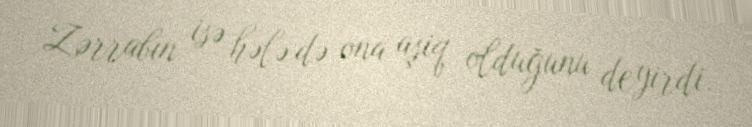
Zərrabın isə hələ də ona aşiq olduğunu deyirdi.